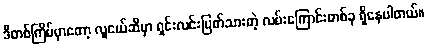
ဒီတစ်ကြိမ်မှာတော့ လူငယ်ဆီမှာ ရှင်းလင်းပြတ်သားတဲ့ လမ်းကြောင်းတစ်ခု ရှိနေပါတယ်။